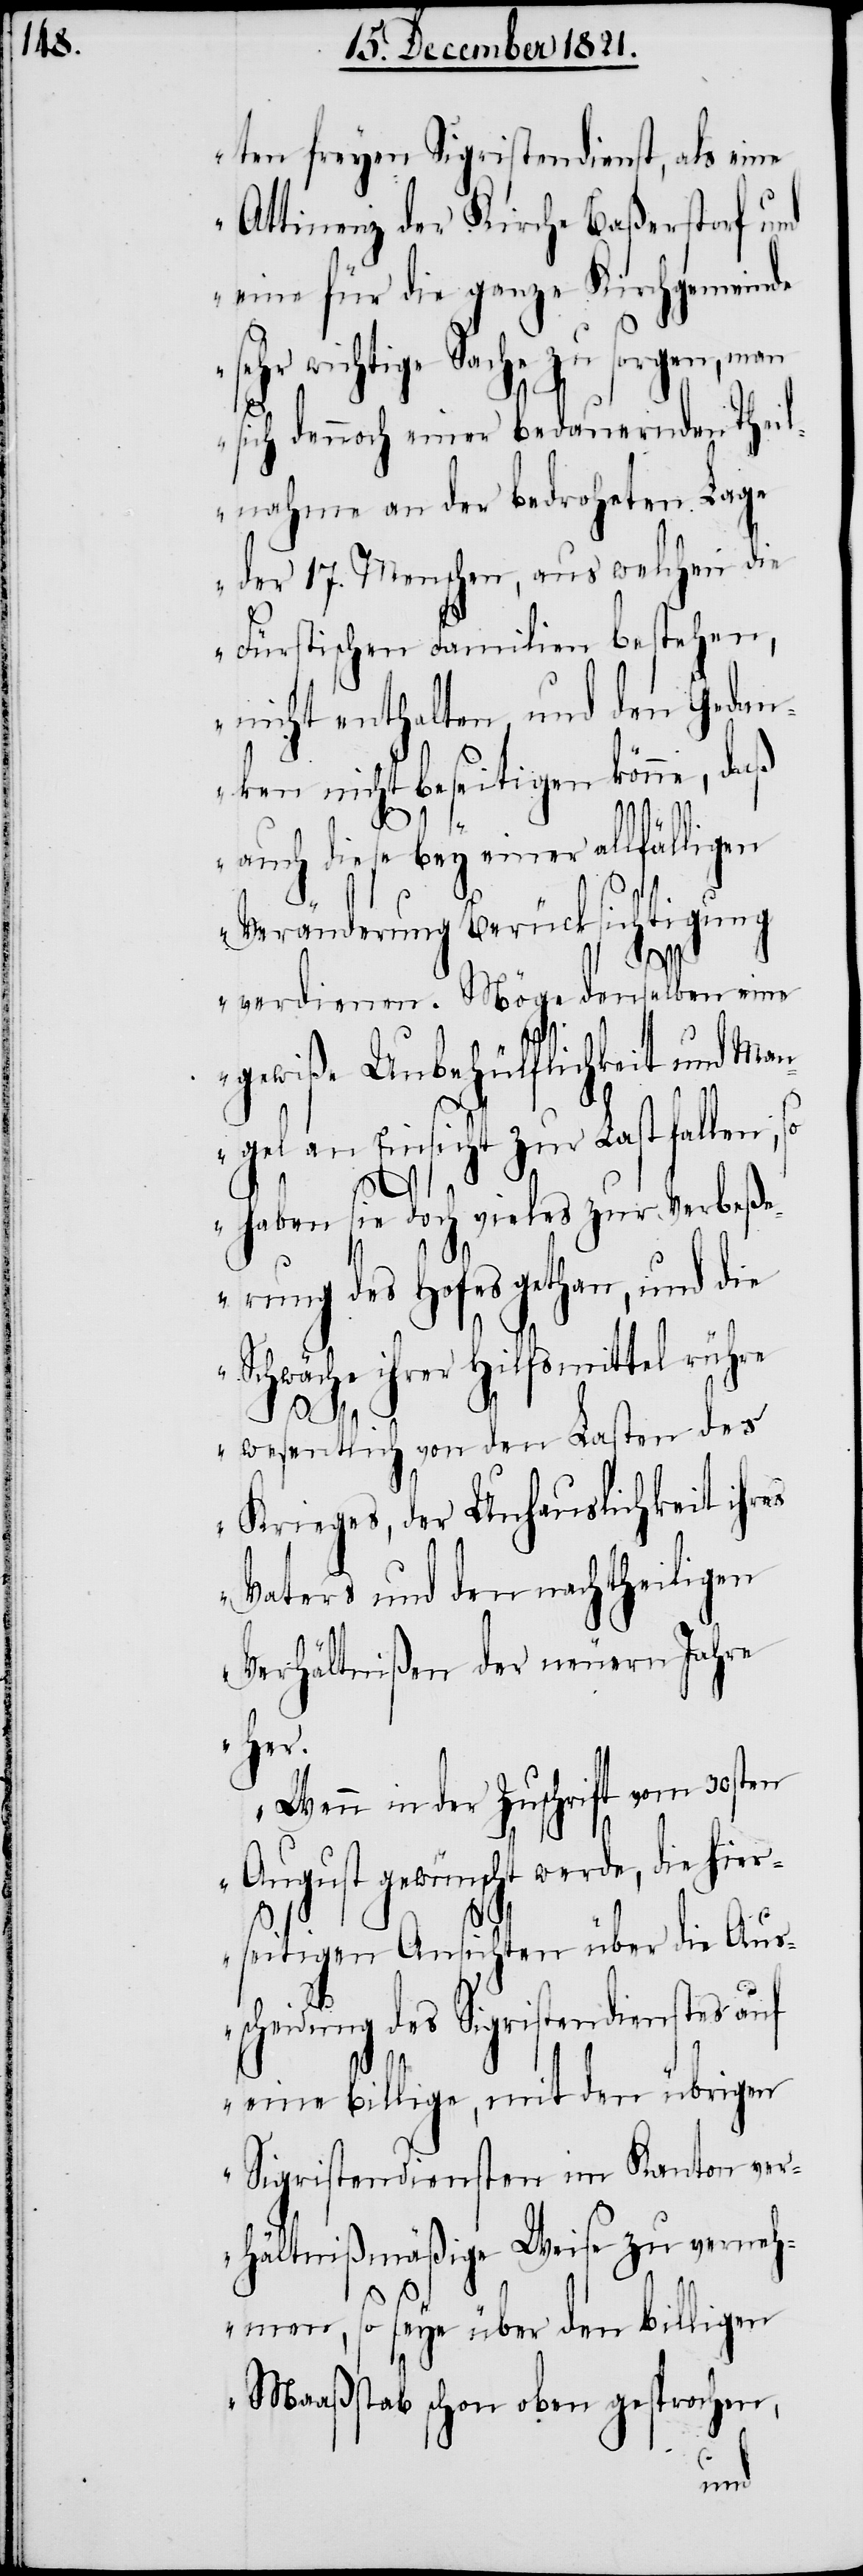
ten freyen Sigristendienst, als eine
Attinenz der Kirche Baßerstorf und
eine für die ganze Kirchgemeinde
sehr wichtige Sache zu sorgen, man
sich dennoch einer bedauernden Theil¬
nahme an der bedroheten Lage
der 17. Menschen, aus welchen die
Fürstischen Familien bestehen,
nicht enthalten, und den Gedan¬
ken nicht beseitigen könne, daß
auch diese bey einer allfälligen
Veränderung Berücksichtigung
hier¬
verdienen. Möge denselben eine
gewiße Unbehülflichkeit und Man¬
gel an Einsicht zur Last fallen, so
haben sie doch vieles zur Verbeß¬
erung des Hofes gethan, und die
Schwäche ihrer Hilfsmittel rühre
wesentlich von den Lasten des
Krieges, der Unhauslichkeit ihres
Vaters und den nachtheiligen
Verhältnißen der neuern Jahre
her.
Wenn in der Zuschrift vom 30sten
August gewünscht werde, die
seitigen Ansichten über die Aus¬
scheidung des Sigristendienstes auf
eine billige, mit den übrigen
Sigristendiensten im Kanton ver¬
hältnißmäßige Weise zu verneh¬
men, so seye über den billigen
Maaßstab schon oben gesprochen,